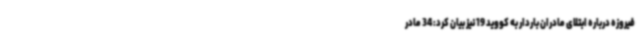
فیروزه درباره ابتلای مادران باردار به کووید 19 نیز بیان کرد: 34 مادر